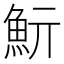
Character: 𩵧